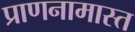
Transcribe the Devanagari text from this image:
प्राणनामास्त